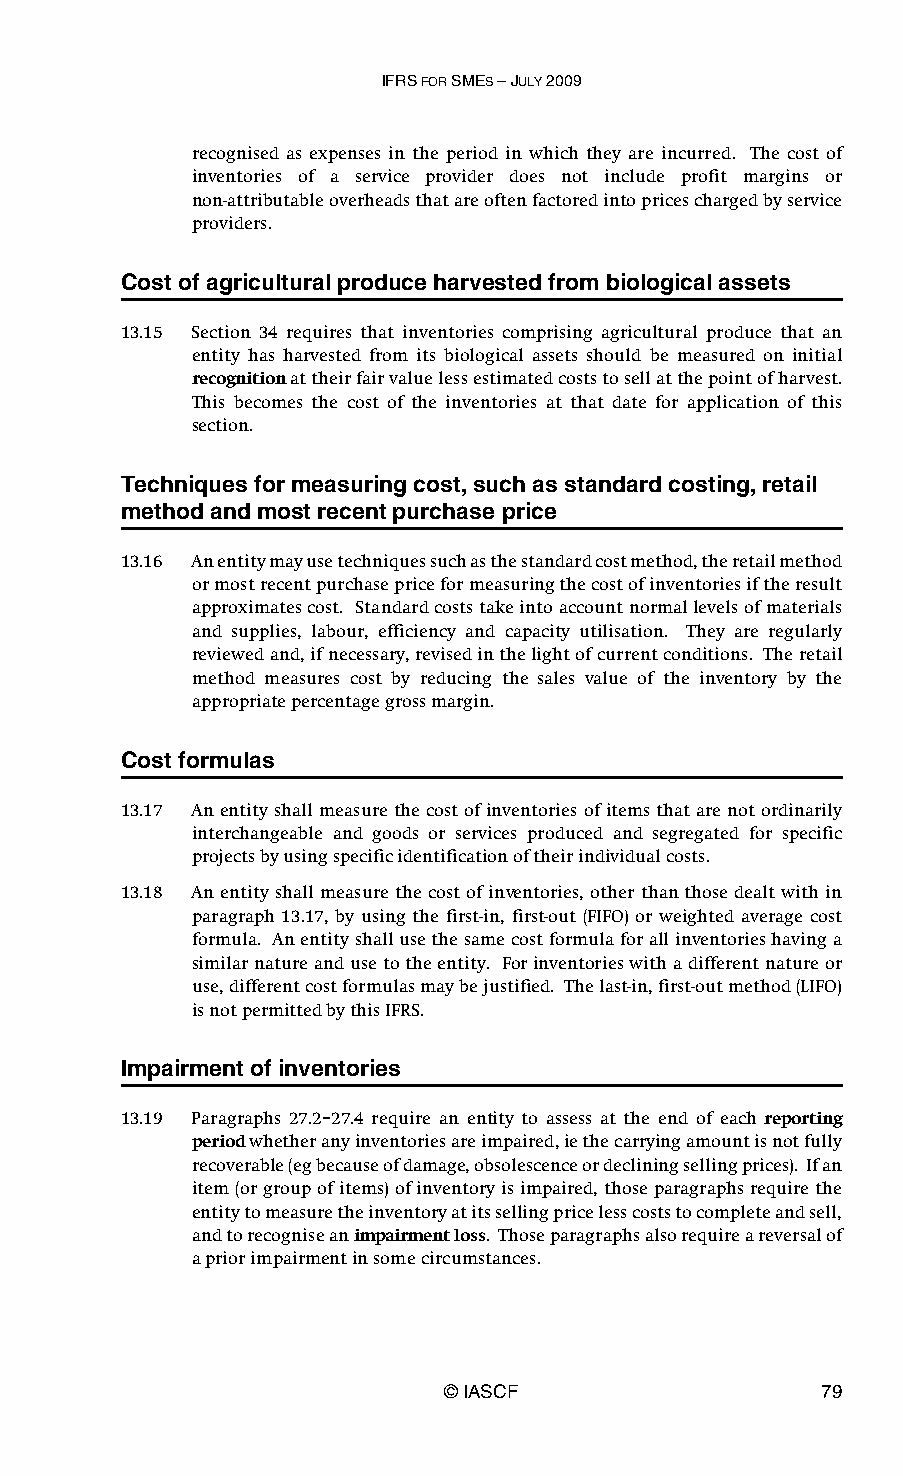
IFRS FOR SMES – JULY 2009
 recognised as expenses in the period in which they are incurred. The cost of
 inventories of a service provider does not include profit margins or
 non-attributable overheads that are often factored into prices charged by service
 providers.
 Cost of agricultural produce harvested from biological assets
 13.15 Section 34 requires that inventories comprising agricultural produce that an
 entity has harvested from its biological assets should be measured on initial
 recognition at their fair value less estimated costs to sell at the point of harvest.
 This becomes the cost of the inventories at that date for application of this
 section.
 Techniques for measuring cost, such as standard costing, retail
 method and most recent purchase price
 13.16 An entity may use techniques such as the standard cost method, the retail method
 or most recent purchase price for measuring the cost of inventories if the result
 approximates cost. Standard costs take into account normal levels of materials
 and supplies, labour, efficiency and capacity utilisation. They are regularly
 reviewed and, if necessary, revised in the light of current conditions. The retail
 method measures cost by reducing the sales value of the inventory by the
 appropriate percentage gross margin.
 Cost formulas
 13.17 An entity shall measure the cost of inventories of items that are not ordinarily
 interchangeable and goods or services produced and segregated for specific
 projects by using specific identification of their individual costs.
 13.18 An entity shall measure the cost of inventories, other than those dealt with in
 paragraph 13.17, by using the first-in, first-out (FIFO) or weighted average cost
 formula. An entity shall use the same cost formula for all inventories having a
 similar nature and use to the entity. For inventories with a different nature or
 use, different cost formulas may be justified. The last-in, first-out method (LIFO)
 is not permitted by this IFRS.
 Impairment of inventories
 13.19 Paragraphs 27.2–27.4 require an entity to assess at the end of each reporting
 period whether any inventories are impaired, ie the carrying amount is not fully
 recoverable (eg because of damage, obsolescence or declining selling prices). If an
 item (or group of items) of inventory is impaired, those paragraphs require the
 entity to measure the inventory at its selling price less costs to complete and sell,
 and to recognise an impairment loss. Those paragraphs also require a reversal of
 a prior impairment in some circumstances.
 © IASCF                  79